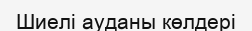
Шиелі ауданы көлдері